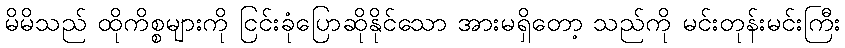
မိမိသည် ထိုကိစ္စများကို ငြင်းခုံပြောဆိုနိုင်သော အားမရှိတော့ သည်ကို မင်းတုန်းမင်းကြီး